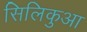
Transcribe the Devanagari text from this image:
सिलिकुआ